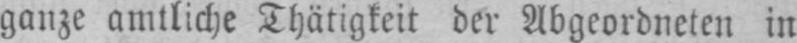
ganze amtliche Thätigkeit der Abgeordneten in